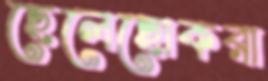
ছেলেছোকরা